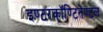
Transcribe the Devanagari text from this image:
इण्टरकॉण्टिनेण्टल